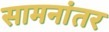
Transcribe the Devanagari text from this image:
सामनांतर